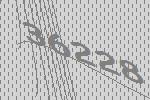
36228